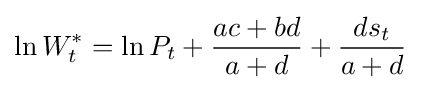
\ln {W_{t}^{*}}=\ln {P_{t}}+{\frac {ac+bd}{a+d}}+{\frac {ds_{t}}{a+d}}\;